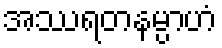
အဿရတနမ္ပာဟံ